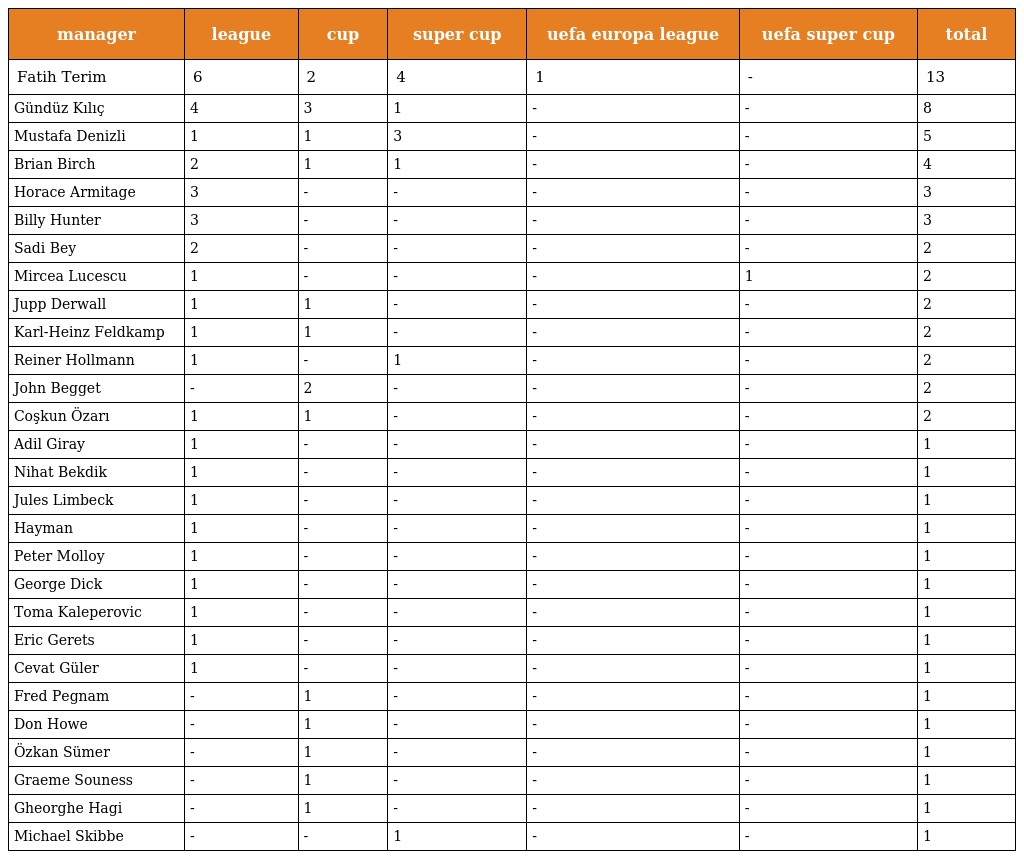
| manager | league | cup | super cup | uefa europa league | uefa super cup | total |
 | --- | --- | --- | --- | --- | --- | --- |
 | Fatih Terim | 6 | 2 | 4 | 1 | - | 13 |
 | Gündüz Kılıç | 4 | 3 | 1 | - | - | 8 |
 | Mustafa Denizli | 1 | 1 | 3 | - | - | 5 |
 | Brian Birch | 2 | 1 | 1 | - | - | 4 |
 | Horace Armitage | 3 | - | - | - | - | 3 |
 | Billy Hunter | 3 | - | - | - | - | 3 |
 | Sadi Bey | 2 | - | - | - | - | 2 |
 | Mircea Lucescu | 1 | - | - | - | 1 | 2 |
 | Jupp Derwall | 1 | 1 | - | - | - | 2 |
 | Karl-Heinz Feldkamp | 1 | 1 | - | - | - | 2 |
 | Reiner Hollmann | 1 | - | 1 | - | - | 2 |
 | John Begget | - | 2 | - | - | - | 2 |
 | Coşkun Özarı | 1 | 1 | - | - | - | 2 |
 | Adil Giray | 1 | - | - | - | - | 1 |
 | Nihat Bekdik | 1 | - | - | - | - | 1 |
 | Jules Limbeck | 1 | - | - | - | - | 1 |
 | Hayman | 1 | - | - | - | - | 1 |
 | Peter Molloy | 1 | - | - | - | - | 1 |
 | George Dick | 1 | - | - | - | - | 1 |
 | Toma Kaleperovic | 1 | - | - | - | - | 1 |
 | Eric Gerets | 1 | - | - | - | - | 1 |
 | Cevat Güler | 1 | - | - | - | - | 1 |
 | Fred Pegnam | - | 1 | - | - | - | 1 |
 | Don Howe | - | 1 | - | - | - | 1 |
 | Özkan Sümer | - | 1 | - | - | - | 1 |
 | Graeme Souness | - | 1 | - | - | - | 1 |
 | Gheorghe Hagi | - | 1 | - | - | - | 1 |
 | Michael Skibbe | - | - | 1 | - | - | 1 |